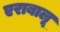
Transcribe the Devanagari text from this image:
एराबालू